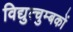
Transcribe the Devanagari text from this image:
विद्युत्चुम्बकों